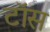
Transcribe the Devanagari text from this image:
टाॅस